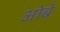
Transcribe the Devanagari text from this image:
ओबे